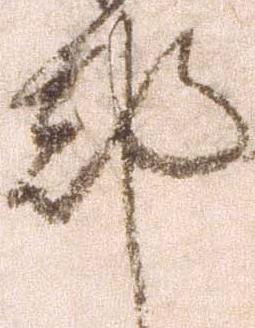
都